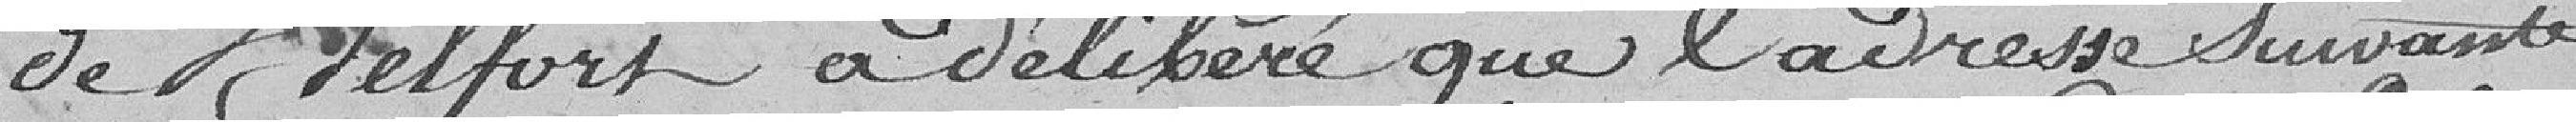
au milieu des félicitations qui ....................;